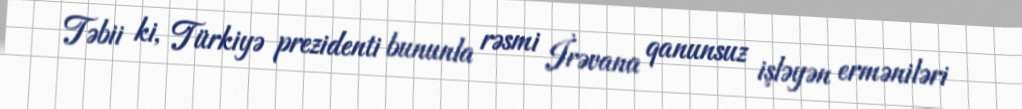
Təbii ki, Türkiyə prezidenti bununla rəsmi İrəvana qanunsuz işləyən erməniləri